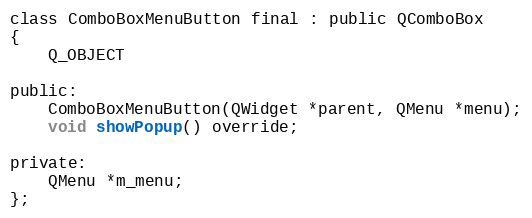
Language: C
class ComboBoxMenuButton final : public QComboBox
{
    Q_OBJECT

public:
    ComboBoxMenuButton(QWidget *parent, QMenu *menu);
    void showPopup() override;

private:
    QMenu *m_menu;
};